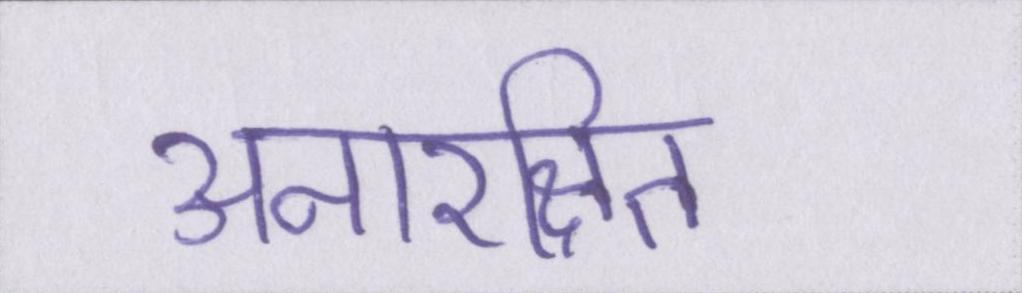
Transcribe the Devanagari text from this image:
अनारक्षित